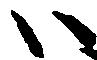
ハ